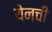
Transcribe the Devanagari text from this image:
येनची